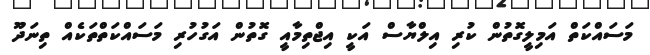
މަސައްކަތް އަމިލީގޮތުން ކުރި އިލްޔާސް އަކީ އިޖްތިމާއީ ގޮތުން އަގުހުރި މަސައްކަތްތަކެއް ތިނަދޫ